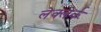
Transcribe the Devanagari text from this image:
लेक्लेर्क